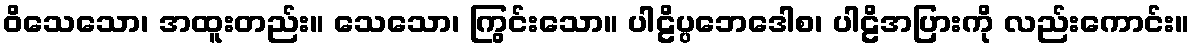
ဝိသေသော၊ အထူးတည်း။ သေသော၊ ကြွင်းသော။ ပါဠိပ္ပဘေဒေါစ၊ ပါဠိအပြားကို လည်းကောင်း။